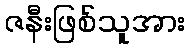
ဇနီးဖြစ်သူအား